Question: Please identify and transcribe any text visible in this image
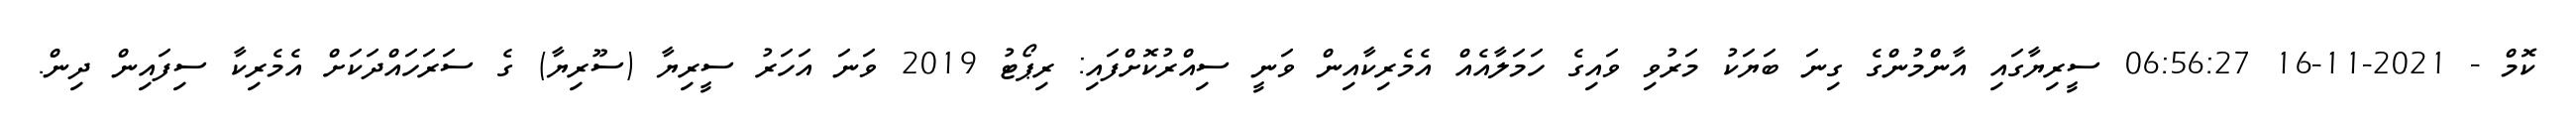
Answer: ކޮމް - 2021-11-16 06:56:27 ސީރިޔާގައި އާންމުންގެ ގިނަ ބަޔަކު މަރުވި ވައިގެ ހަމަލާއެއް އެމެރިކާއިން ވަނީ ސިއްރުކޮށްފައި: ރިޕޯޓު 2019 ވަނަ އަހަރު ސީރިޔާ (ސޫރިޔާ) ގެ ސަރަހައްދަކަށް އެމެރިކާ ސިފައިން ދިން.